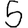
Digit: 5